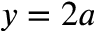
y = 2 a